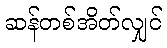
ဆန်တစ်အိတ်လျှင်